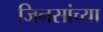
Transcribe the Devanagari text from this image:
जिनसांच्या